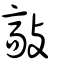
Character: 敲